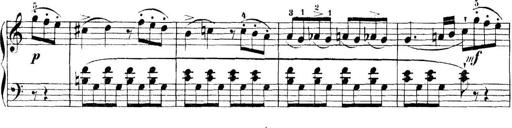
Title: 11 Sonatinas
Composer: Anton Diabelli